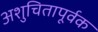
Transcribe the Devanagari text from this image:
अशुचितापूर्वक